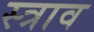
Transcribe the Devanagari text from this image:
स्‍त्राव